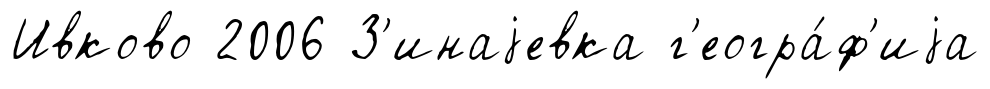
Ивково 2006 З'инаjевка г'еогра́ф'иjа